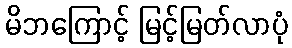
မိဘကြောင့် မြင့်မြတ်လာပုံ